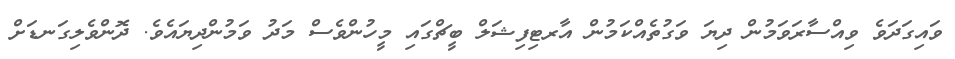
ވައިގަދަވެ ވިއްސާރަވަމުން ދިޔަ ވަގުތެއްކަމުން އާރޓިފިޝަލް ބީޗްގައި މީހުންވެސް މަދު ވަމުންދިޔައެވެ. ދޮންވެލިގަނޑަށް